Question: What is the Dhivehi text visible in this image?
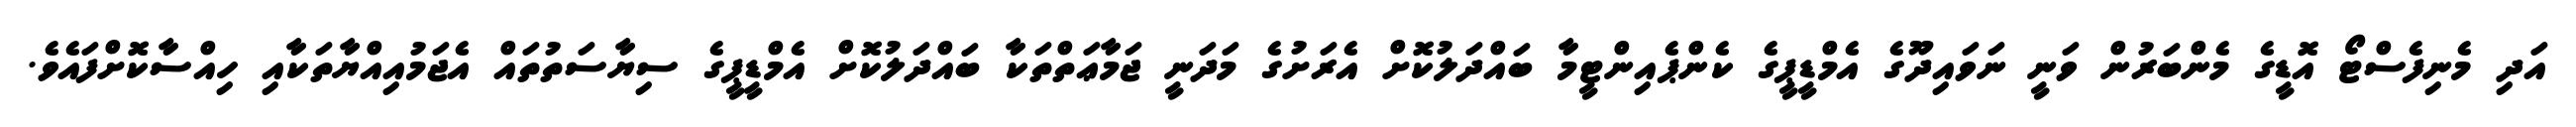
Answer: އަދި މެނިފެސްޓޯ އޮޑީގެ މެންބަރުން ވަނީ ނަވައިދޫގެ އެމްޑީޕީގެ ކެންޕެއިންޓީމާ ބައްދަލުކޮށް އެރަށުގެ މަދަނީ ޖަމާޢަތްތަކާ ބައްދަލުކޮށް އެމްޑީޕީގެ ސިޔާސަތުތައް އެޖަމުއިއްޔާތަކާއި ހިއްސާކޮށްފައެވެ.